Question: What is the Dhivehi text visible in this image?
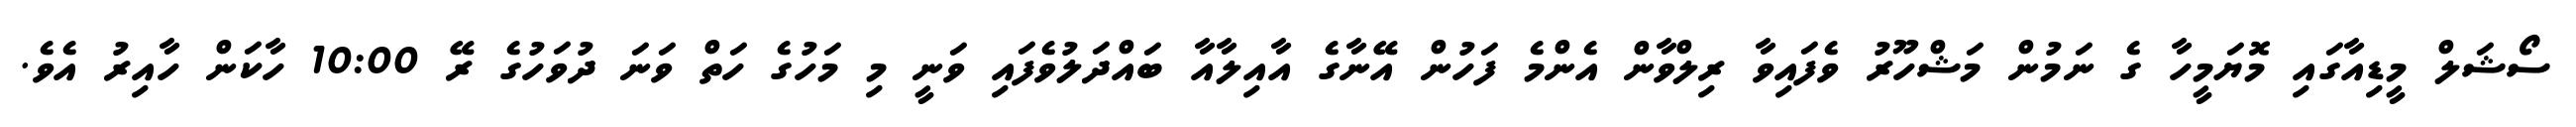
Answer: ސޯޝަލް މީޑިއާގައި މޮޔަމީހާ ގެ ނަމުން މަޝްހޫރު ވެފައިވާ ރިލްވާން އެންމެ ފަހުން އޭނާގެ އާއިލާއާ ބައްދަލުވެފައި ވަނީ މި މަހުގެ ހަތް ވަނަ ދުވަހުގެ ރޭ 10:00 ހާކަން ހާއިރު އެވެ.